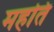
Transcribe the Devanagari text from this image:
महति